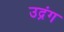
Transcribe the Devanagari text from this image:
उद्रंग